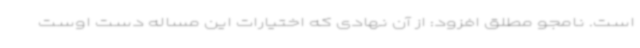
است. نامجو مطلق افزود: از آن نهادی که اختیارات این مساله دست اوست